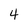
Character: 4